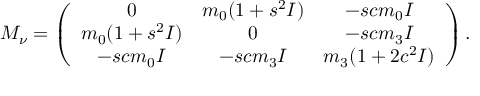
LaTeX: { \cal M } _ { \nu } = \left( \begin{array} { c c c } { { 0 } } & { { m _ { 0 } ( 1 + s ^ { 2 } I ) } } & { { - s c m _ { 0 } I } } \\ { { m _ { 0 } ( 1 + s ^ { 2 } I ) } } & { { 0 } } & { { - s c m _ { 3 } I } } \\ { { - s c m _ { 0 } I } } & { { - s c m _ { 3 } I } } & { { m _ { 3 } ( 1 + 2 c ^ { 2 } I ) } } \end{array} \right) .